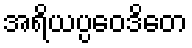
အရိယပ္ပဝေဒိတေ